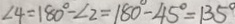
\angle 4 = 1 8 0 ^ { \circ } - \angle 2 = 1 8 0 ^ { \circ } - 4 5 ^ { \circ } = 1 3 5 ^ { \circ }